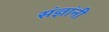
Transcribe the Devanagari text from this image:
संज्ञांनी